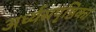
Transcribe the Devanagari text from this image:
अर्ध्यसपृष्ठिका